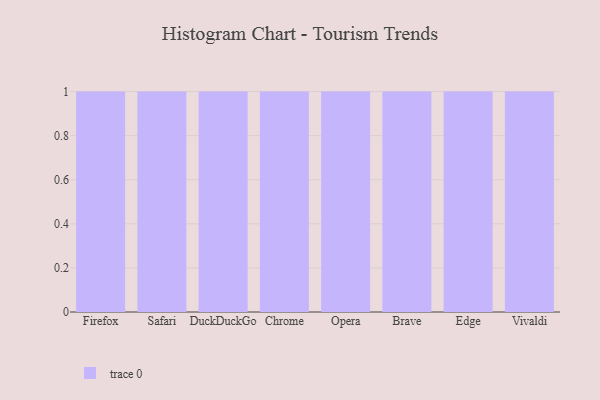
{"axis": {"x": "Browser", "y": "Headcount"}, "legend": [""], "data": [{"x": "Firefox", "y": 43, "type": ""}, {"x": "Safari", "y": 58, "type": ""}, {"x": "DuckDuckGo", "y": 98, "type": ""}, {"x": "Chrome", "y": 86, "type": ""}, {"x": "Opera", "y": 53, "type": ""}, {"x": "Brave", "y": 94, "type": ""}, {"x": "Edge", "y": 62, "type": ""}, {"x": "Vivaldi", "y": 14, "type": ""}]}